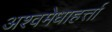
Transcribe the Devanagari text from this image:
अश्वमेधाहर्त्ता